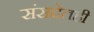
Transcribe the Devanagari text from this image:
संसदेतही